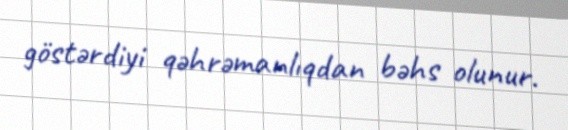
göstərdiyi qəhrəmanlıqdan bəhs olunur.